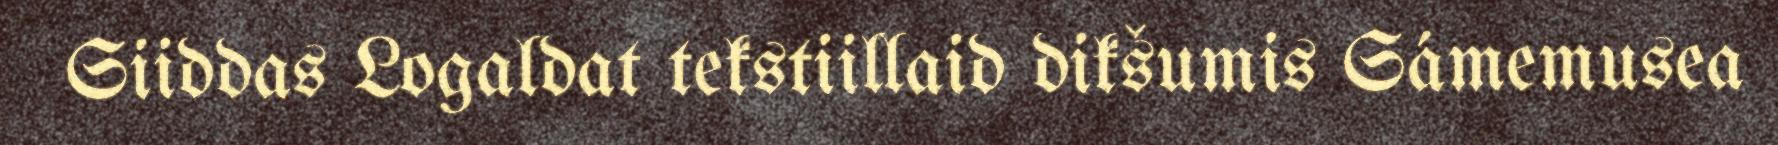
Siiddas Logaldat tekstiillaid dikšumis Sámemusea